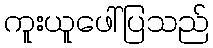
ကူးယူဖေါ်ပြသည်